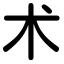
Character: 术